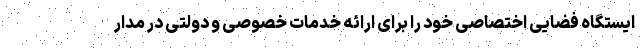
ایستگاه فضایی اختصاصی خود را برای ارائه خدمات خصوصی و دولتی در مدار